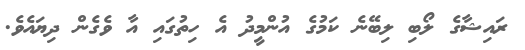
ރައިޝާގެ ލޯބި ލިބޭނެ ކަމުގެ އުންމީދު އެ ހިތުގައި އާ ވެގެން ދިޔައެވެ.